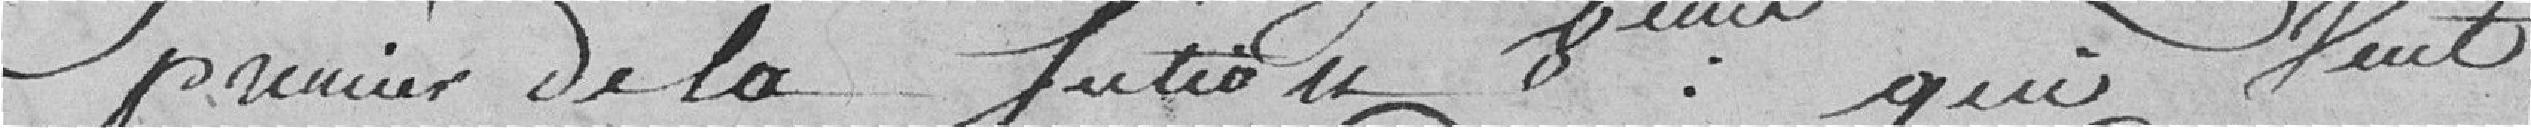
premier de la fusion      ?   :     qui Veut